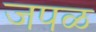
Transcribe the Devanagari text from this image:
जपळ